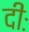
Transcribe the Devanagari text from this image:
दीः